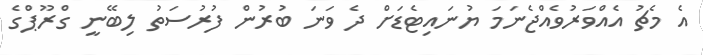
އެ މެޗު އެއްވަރުވެއްޖެނަމަ ޔުނައިޓެޑަށް ދެ ވަނަ ބުރުން ފުރުސަތު ލިބޭނީ ގްރޫޕްގެ